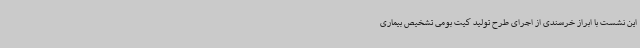
این نشست با ابراز خرسندی از اجرای طرح تولید کیت بومی تشخیص بیماری